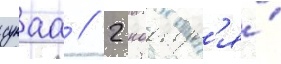
сунаа // 2 ноабр'я́